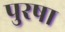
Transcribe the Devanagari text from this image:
पुरषा